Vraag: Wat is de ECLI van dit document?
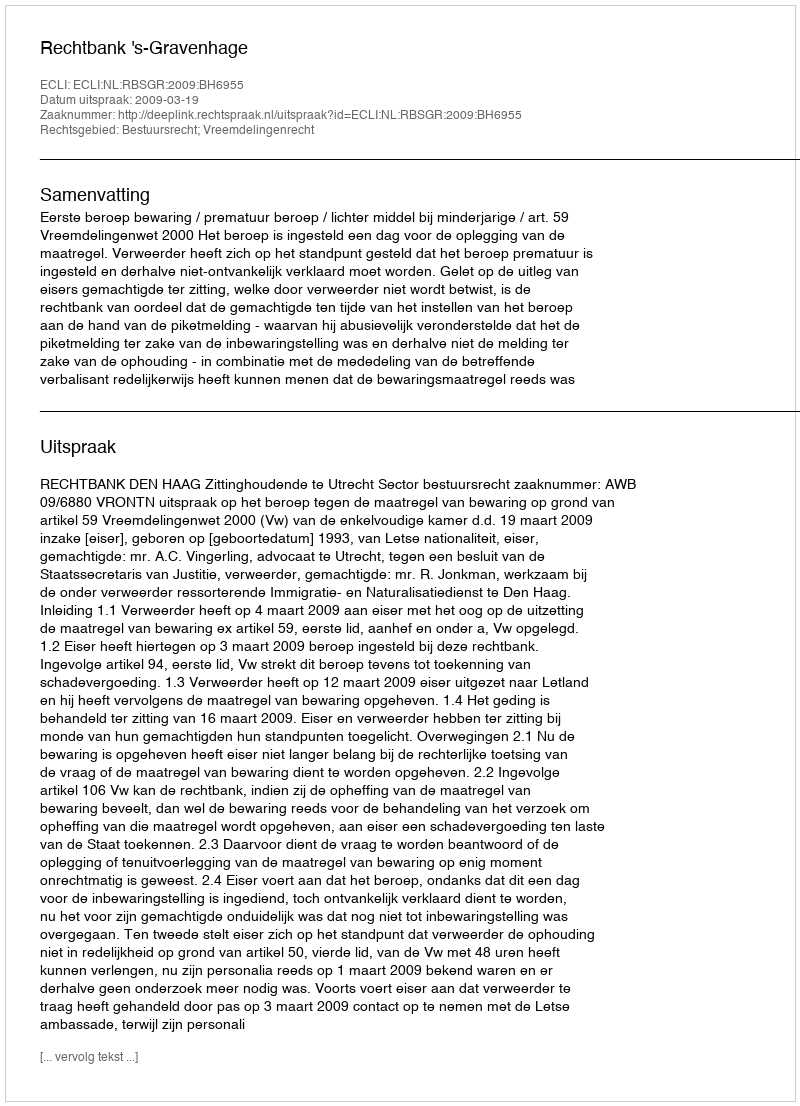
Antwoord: ECLI:NL:RBSGR:2009:BH6955